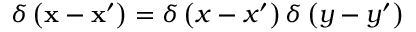
\delta \left( \mathbf { x } - \mathbf { x } ^ { \prime } \right) = \delta \left( x - x ^ { \prime } \right) \delta \left( y - y ^ { \prime } \right)